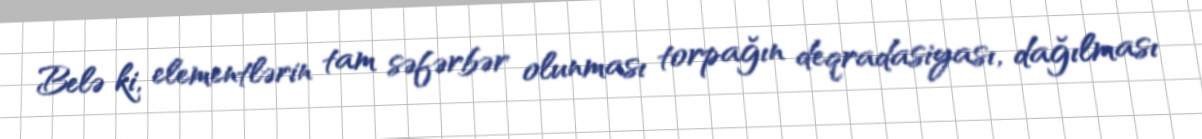
Belə ki, elementlərin tam səfərbər olunması torpağın deqradasiyası, dağılması